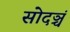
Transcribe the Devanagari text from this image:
सोदञ्चं